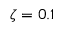
\zeta = 0 . 1